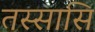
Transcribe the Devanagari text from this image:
तस्सासि